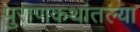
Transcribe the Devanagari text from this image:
पुराणकथांतल्या